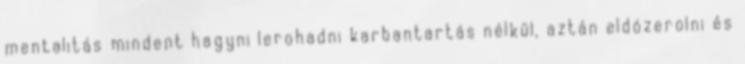
mentalitás mindent hagyni lerohadni karbantartás nélkül, aztán eldózerolni és